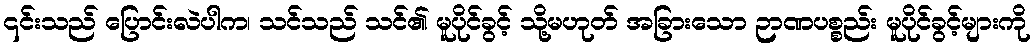
၎င်းသည် ပြောင်းလဲပါက၊ သင်သည် သင်၏ မူပိုင်ခွင့် သို့မဟုတ် အခြားသော ဉာဏပစ္စည်း မူပိုင်ခွင့်များကို